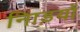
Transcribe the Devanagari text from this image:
नािड़यों